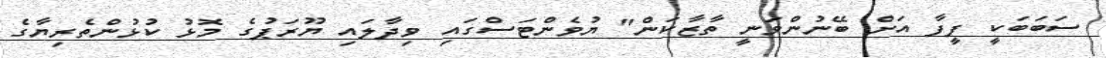
ސަބަބަކީ ފީފާ އަށް ބޭނުންވަނީ ތާޒާކަން" ޔުވެންޓަސްގައި ވިދާލައި ޔޫރަޕުގެ މޮޅު ކުޅުންތެރިޔާގެ